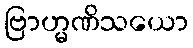
ဗြာဟ္မဏိသယော